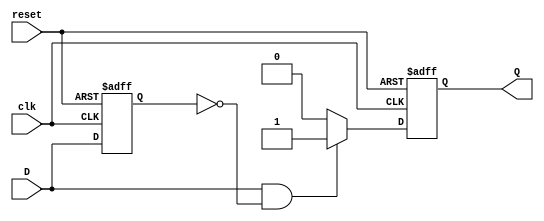
module positive_edge_detector (
    input wire clk,       // Clock signal
    input wire reset,     // Asynchronous reset signal
    input wire D,         // Input signal to detect rising edge
    output reg Q          // Output pulse signal
);

    reg D_prev;           // Previous state of the input signal

    // Sequential logic to detect rising edge
    always @(posedge clk or posedge reset) begin
        if (reset) begin
            D_prev <= 0;  // Reset previous state to 0
            Q <= 0;       // Reset output to 0
        end else begin
            // Detect rising edge
            if (D == 1 && D_prev == 0) begin
                Q <= 1;   // Generate pulse on rising edge
            end else begin
                Q <= 0;   // Reset output to 0 if no edge is detected
            end
            
            // Update previous state
            D_prev <= D;
        end
    end

endmodule